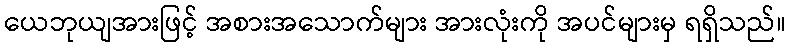
ယေဘုယျအားဖြင့် အစားအသောက်များ အားလုံးကို အပင်များမှ ရရှိသည်။